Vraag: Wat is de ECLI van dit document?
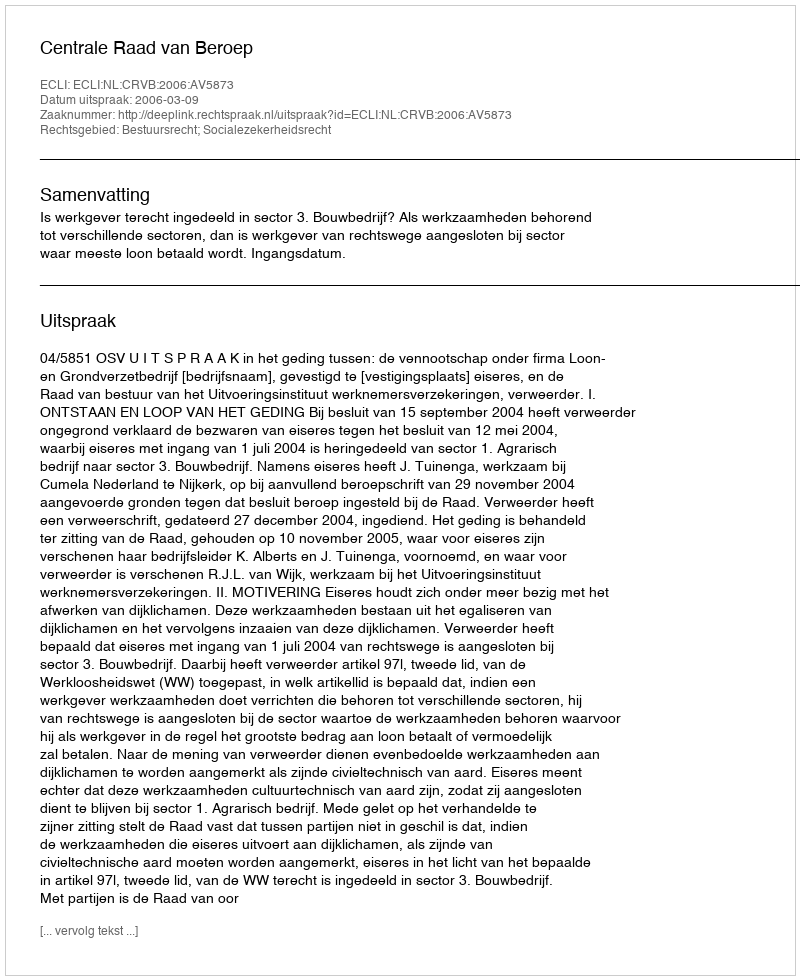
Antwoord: ECLI:NL:CRVB:2006:AV5873